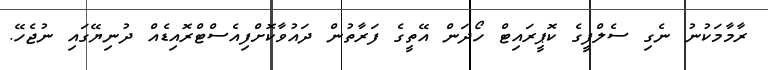
ރާމާމަކުނު ނެގި ސެލްފީގެ ކޮޕީރައިޓް ހޯދަން އޭތީގެ ފަރާތުން ދައުވާކޮށްފިއެސްޓްރޮއިޑެއް ދުނިޔޭގައި ނުޖެހޭ.